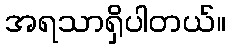
အရသာရှိပါတယ်။